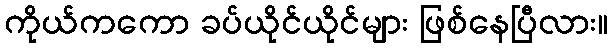
ကိုယ်ကကော ခပ်ယိုင်ယိုင်များ ဖြစ်နေပြီလား။